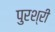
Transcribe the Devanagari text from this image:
पुरश्री